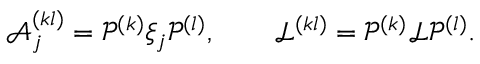
\mathcal { A } _ { j } ^ { ( k l ) } = \mathcal { P } ^ { ( k ) } \xi _ { j } \mathcal { P } ^ { ( l ) } , \qquad \mathcal { L } ^ { ( k l ) } = \mathcal { P } ^ { ( k ) } \mathcal { L } \mathcal { P } ^ { ( l ) } .